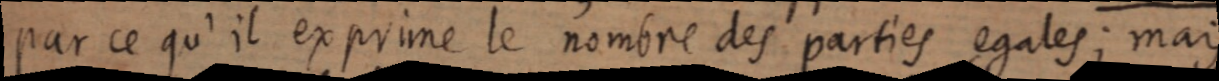
par ce qu’il exprime le nombre des parties egales ; mais